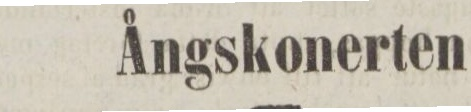
Ångskonerten